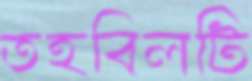
তহবিলটি